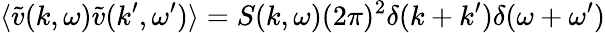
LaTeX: \langle\tilde{v}(k,\omega)\tilde{v}(k^{\prime},\omega^{\prime})\rangle=S(k,\omega)(2\pi)^{2}\delta(k+k^{\prime})\delta(\omega+\omega^{\prime})